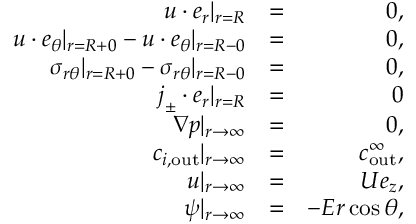
\begin{array} { r l r } { \boldsymbol { u } \cdot \boldsymbol { e } _ { r } | _ { r = R } } & { = } & { 0 , } \\ { \boldsymbol { u } \cdot \boldsymbol { e } _ { \theta } | _ { r = R + 0 } - \boldsymbol { u } \cdot \boldsymbol { e } _ { \theta } | _ { r = R - 0 } } & { = } & { 0 , } \\ { \sigma _ { r \theta } | _ { r = R + 0 } - \sigma _ { r \theta } | _ { r = R - 0 } } & { = } & { 0 , } \\ { \boldsymbol { j } _ { \pm } \cdot \boldsymbol { e } _ { r } | _ { r = R } } & { = } & { 0 } \\ { \nabla p | _ { r \to \infty } } & { = } & { 0 , } \\ { c _ { i , \mathrm { o u t } } | _ { r \to \infty } } & { = } & { c _ { \mathrm { o u t } } ^ { \infty } , } \\ { \boldsymbol { u } | _ { r \to \infty } } & { = } & { U \boldsymbol { e } _ { z } , } \\ { \psi | _ { r \to \infty } } & { = } & { - E r \cos \theta , } \end{array}